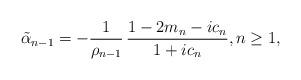
LaTeX: \begin{align*} \tilde{\alpha}_{n-1} = - \frac{1}{\rho_{n-1}} \,\frac{1-2m_n-ic_n}{1+ic_n}, n \geq 1,\end{align*}